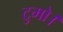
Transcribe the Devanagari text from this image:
टुमो।